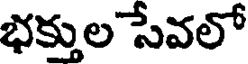
భక్తుల సేవలో